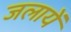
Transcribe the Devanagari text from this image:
जलायें